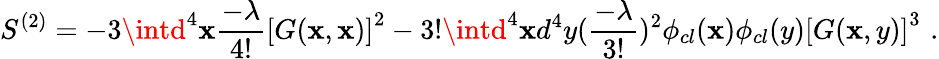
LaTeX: S^{(2)}=-3\intd^{4}\mathbf{x}{\frac{{-\lambda}}{{4!}}}\left[G(\mathbf{x},\mathbf{x})\right]^{2}-3!\intd^{4}\mathbf{x}d^{4}y({\frac{{-\lambda}}{{3!}}})^{2}\phi_{cl}(\mathbf{x})\phi_{cl}(y)\left[G(\mathbf{x},y)\right]^{3}\, \, .